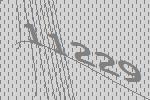
11229